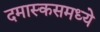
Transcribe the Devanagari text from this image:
दमास्कसमध्ये